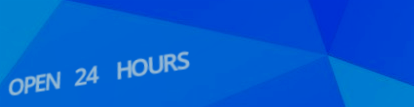
OPEN 24 HOURS